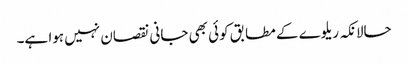
حالانکہ ریلوے کے مطابق کوئی بھی جانی نقصان نہیں ہوا ہے۔